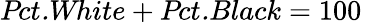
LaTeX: \textit{Pct.White}+\textit{Pct.Black}=100\